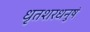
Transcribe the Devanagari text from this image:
धृतशरधनुषं